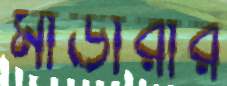
মার্ডারার